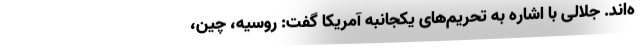
ه‌اند. جلالی با اشاره به تحریم‌های یکجانبه آمریکا گفت: روسیه، چین،